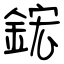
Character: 鋐